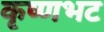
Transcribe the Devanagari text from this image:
कृष्णभट